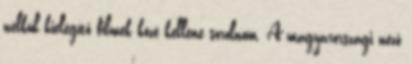
nélkül kielégítő filmek közé kellene sorolnom. A magyarországi néző